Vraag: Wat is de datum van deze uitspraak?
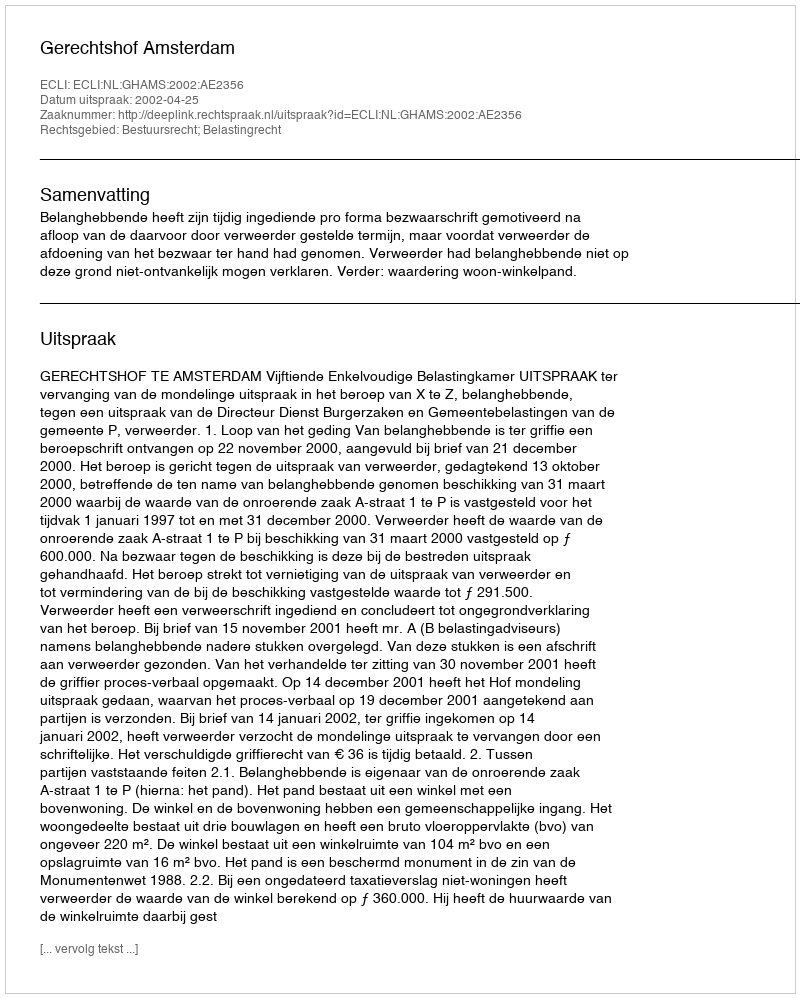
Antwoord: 2002-04-25